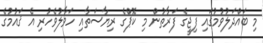
މި ބައްދަލުވުމުގައި ފިޖީގެ ފަރާތުން މި ކޮޕްގެ ރިޔާސަތާއި ހަވާލުވެހުރި އެ ޤައުމުގެ